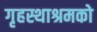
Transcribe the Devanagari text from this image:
गृहस्थाश्रमको